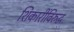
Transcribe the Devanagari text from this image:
शिकारींविरुद्ध